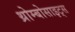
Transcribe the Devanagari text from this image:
थ्रोम्बोसाइट्स